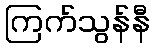
ကြက်သွန်နီ